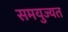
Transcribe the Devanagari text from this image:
समयुज्यत